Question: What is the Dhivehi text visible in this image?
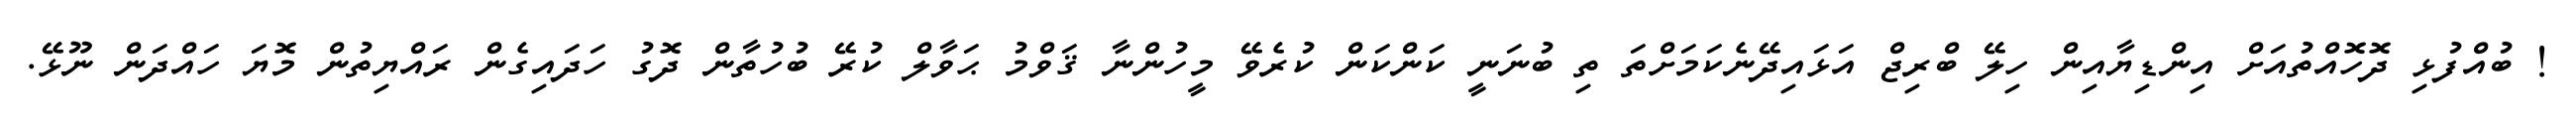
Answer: ! ބުއްފުޅި ދޮހޮއްތުއަށް އިންޑިޔާއިން ހިލޭ ބްރިޖް އަޅައިދޭނެކަމަށްތަ ތި ބުނަނީ ކަންކަން ކުރެވޭ މީހުންނާ ޤަވްމު ޙަވާލް ކުރޭ ބުހުތާން ދޮގު ހަދައިގެން ރައްޔިތުން މޮޔަ ހައްދަން ނޫޅޭ.